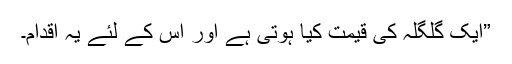
”ایک گلگلہ کی قیمت کیا ہوتی ہے اور اس کے لئے یہ اقدام۔